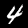
Label: 4